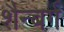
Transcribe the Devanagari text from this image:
शैन्बर्ग